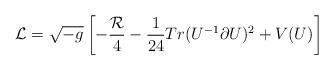
LaTeX: \begin{align*}{\cal L} = \sqrt{-g}\left[-{{\cal R}\over 4}- {1\over 24} Tr (U^{-1}\partial U)^2 + V(U)\right]\end{align*}